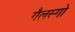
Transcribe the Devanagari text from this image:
गैलस्गो